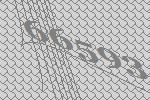
66593